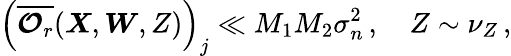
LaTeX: \left(\overline{{\boldsymbol{\mathcal{O}}_{r}}}(\boldsymbol{X},\boldsymbol{W},Z)\right)_{j}\ll M_{1}M_{2}\sigma_{n}^{2}\, ,\quad Z\sim\nu_{Z}\, ,